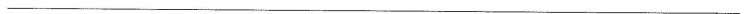
___